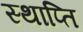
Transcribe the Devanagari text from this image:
स्थाप्ति